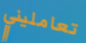
تعامليني